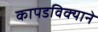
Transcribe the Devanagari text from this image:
कापडविक्याने